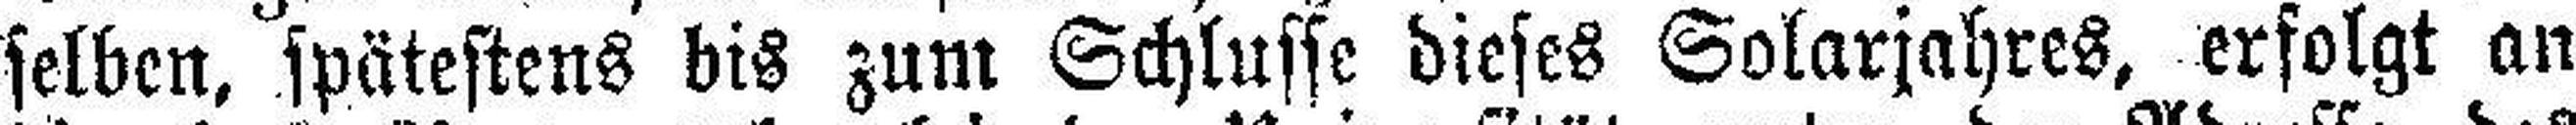
selben, spätestens bis zum Schlusse dieses Solarjahres, erfolgt an